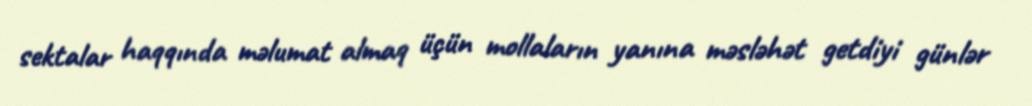
sektalar haqqında məlumat almaq üçün mollaların yanına məsləhət getdiyi günlər